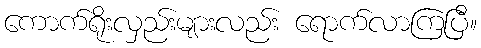
ကောက်ရိုးလှည်းများလည်း ရောက်လာကြပြီ။